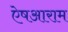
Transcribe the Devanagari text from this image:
ऐषआराम